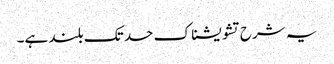
یہ شرح تشویشناک حد تک بلند ہے۔